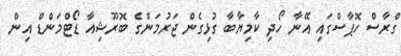
ގްރާސް ހޮޕާސްގައި އޭނާ ހޯދި ކާމިޔާބާ ގުޅިގެން ޖަރުމަންގެ ބޮރޫޝިއާ ޑޯޓްމަންޑް އިން